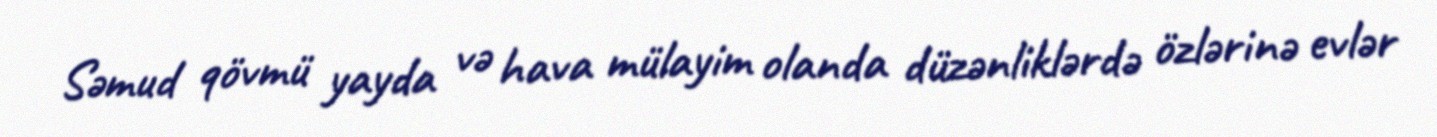
Səmud qövmü yayda və hava mülayim olanda düzənliklərdə özlərinə evlər